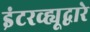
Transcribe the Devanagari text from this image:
इंटरव्ह्यूद्वारे